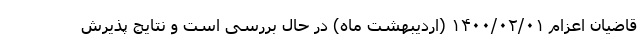
قاضیان اعزام ۱۴۰۰/۰۲/۰۱ (اردیبهشت ماه) در حال بررسی است و نتایج پذیرش